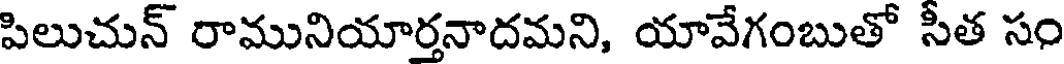
పిలుచున్ రామునియార్తనాదమని, యావేగంబుతో సీత సం